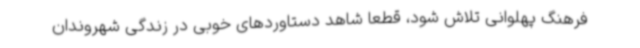
فرهنگ پهلوانی تلاش شود، قطعا شاهد دستاوردهای خوبی در زندگی شهروندان